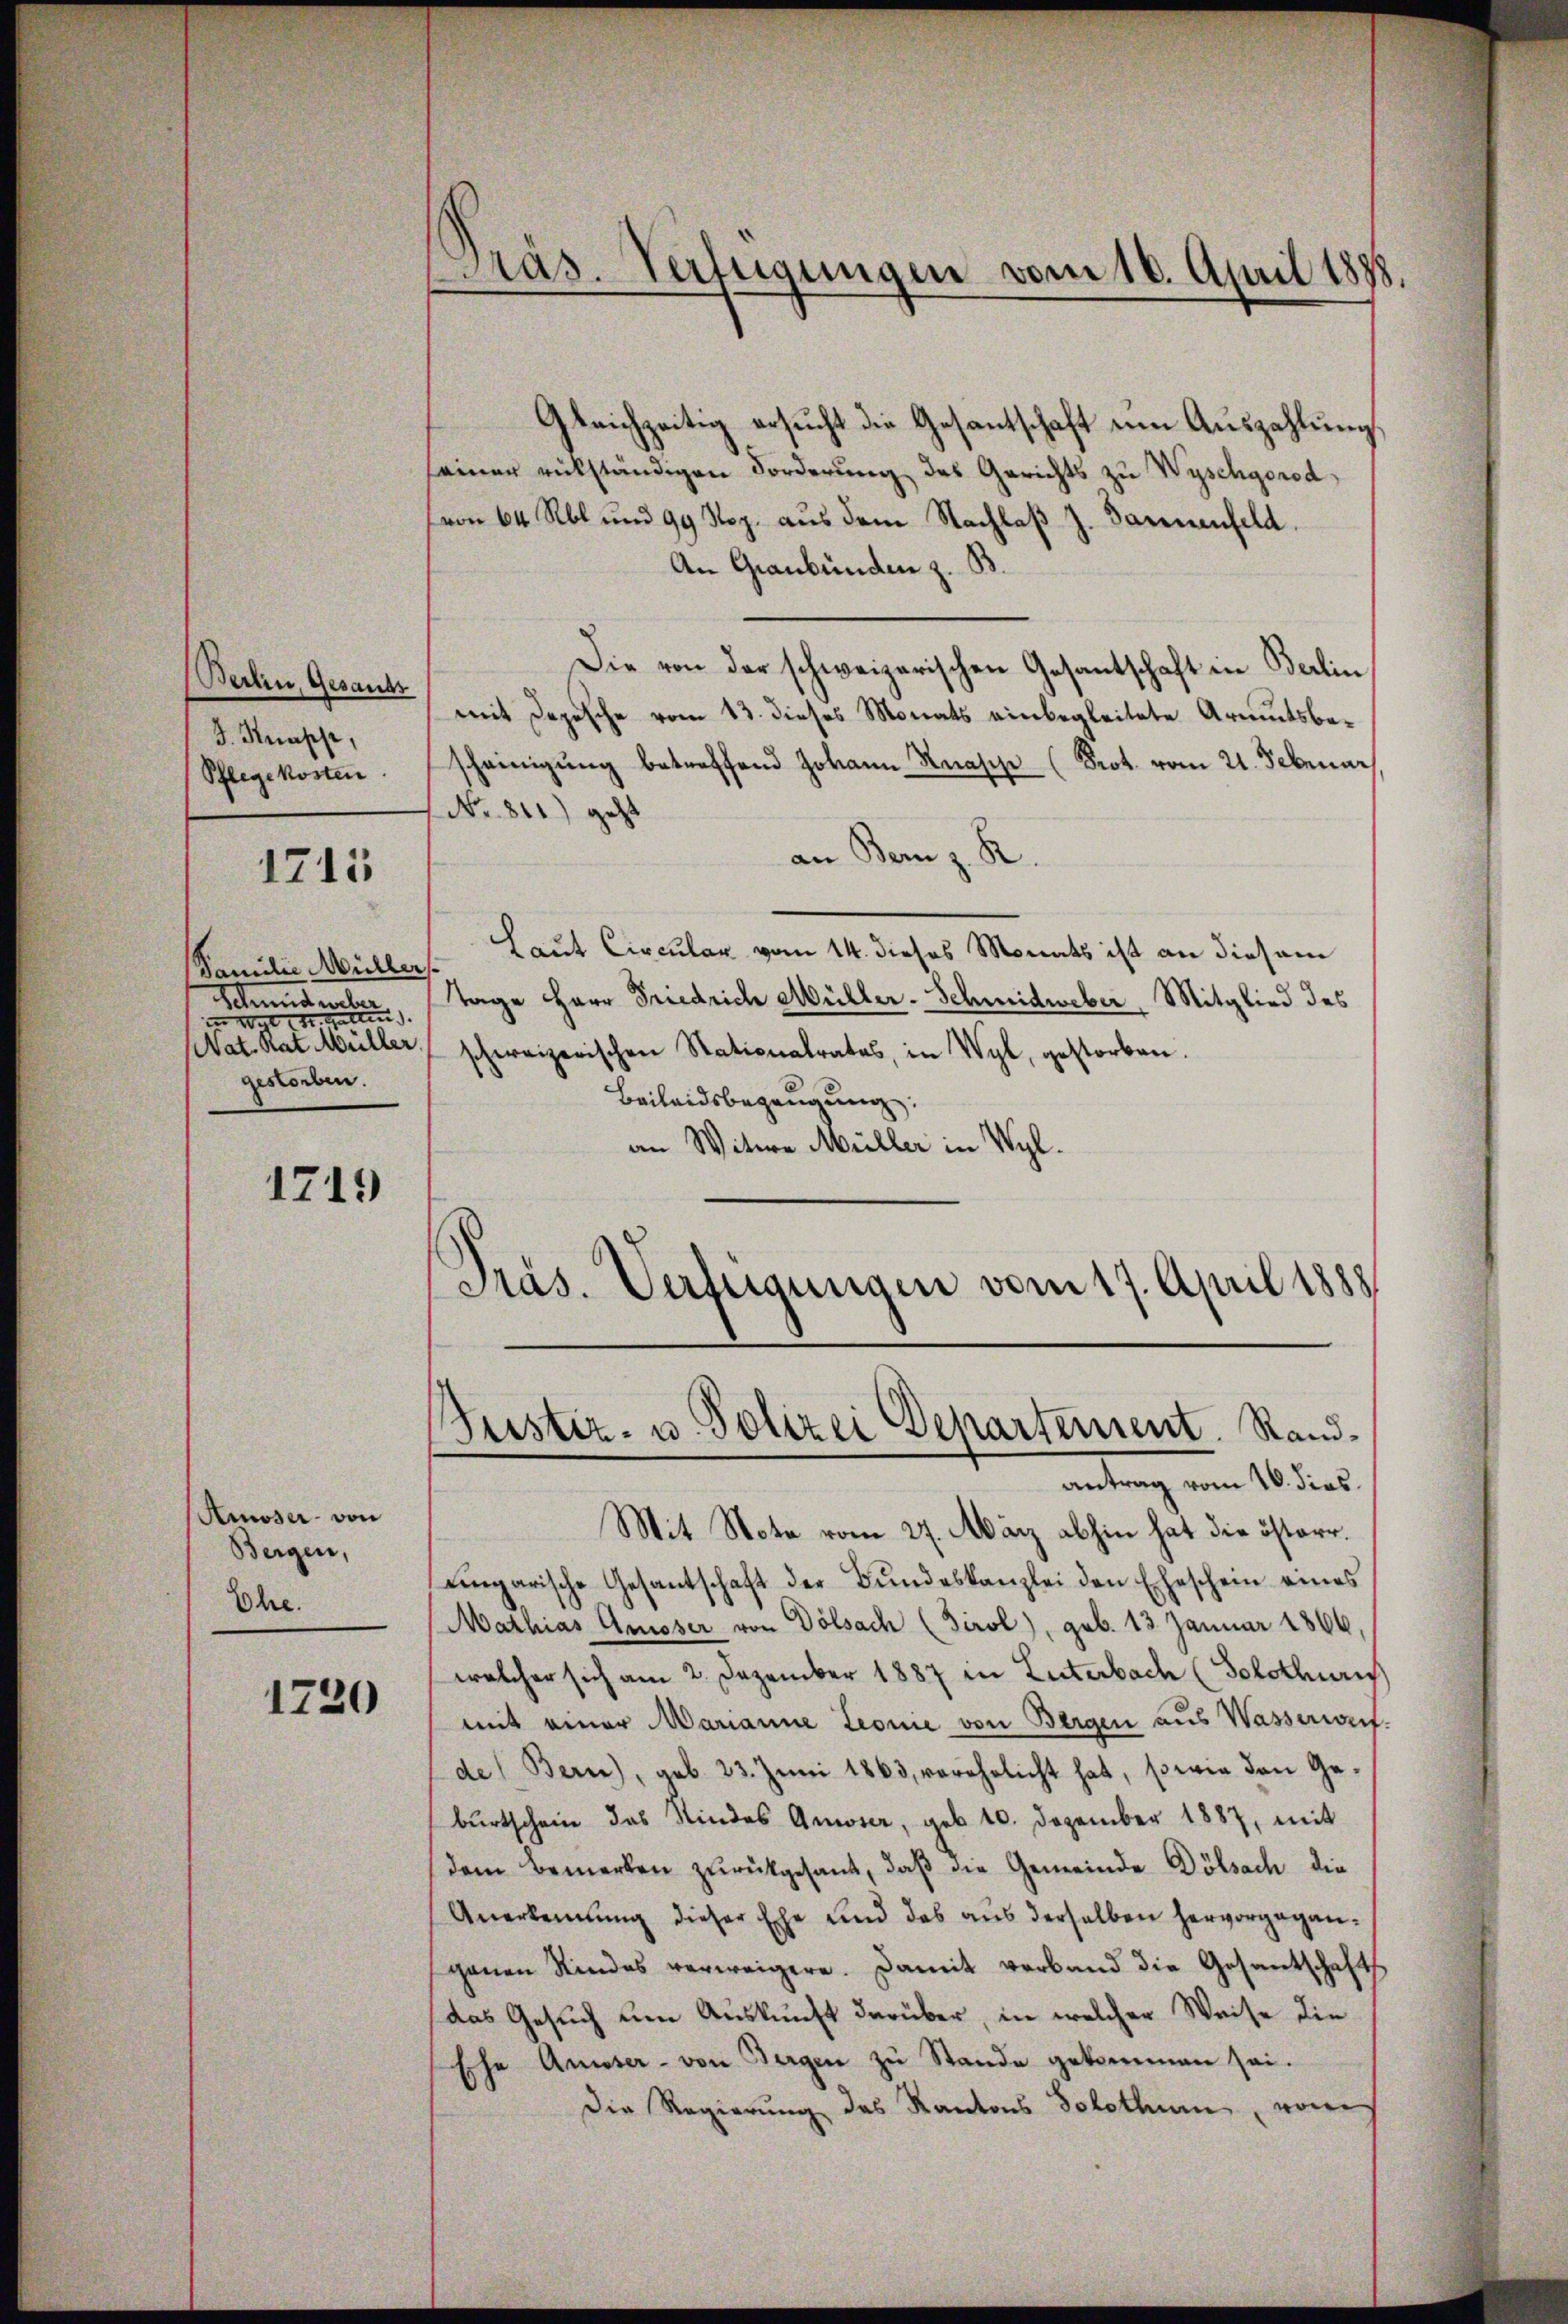
Berlin, Gesands
J. Knapp,
Pflegekosten

1715

Familie Müller
Schmid ueber
in Wil Kt. Gattin
Nat. Rat Müller.
gestorben.

1719

Amoser von
Bergen,
Ehe.

1720

Pras. Verfügungen vom 16. April 1888.

Gleichzeitig ersucht die Gesantschaft um Auszahlung.
seiner rükständigen Forderung des Gerichts zu Wyschgorod
(von 64 Rbl. und 99 Kop. aus dem Nachlaβ J. Dannenfeld.
An Graubünden z. B.
Die von der schweizerischen Gesantschaft in Berlin
mit Depesche vom 13. dieses Monats einbegleitete Armutsbescheinigung betreffend Johann Knasche (Prot. vom 21. Februar
No. 811) geht
an Bern z. R.
Laut Circular vom 14. dieses Monats ist an diesem
Tage Herr Friedrich Müller-Schmidweber, Mitglied des
schereizerischen Stationalrates, in Wyl, gestorben.
Beilandsbezeugung:
an Witwe Müller in Wyl.
Präs. Verfügungen vom 17. April 1888

Justiz- u. Polizei Departement. Rand¬

antrag vom 10. dies
Mit Note vom 27. März abhin hat die österr.
eingarische Gesantschaft der Bŭndeskanzlei den Eheschein eines
Mathias Almoser von Dölsach (Tirol), geb. 13. Januar 1866,
welcher sich am 2. Dezember 1887 in Luterbach (Solothurich
mit einer Marianne Leonie von Bergen aus Wasserweide) Bern), geb. 23. Juni 1863, verehelicht hat, sowie den Gebŭrtschein das Kindes Amoser, geb. 10. Dezember 1887, mit
(dem Bemerken zŭrückgesant, daβ die Gemeinde Dölsach die
Anerkennung dieser Ehe und das aus derselben hervorgeganganen Rindes verweigere. Damit verband die Gesantschaft
das Gesuch um Auskunft darüber, in welcher Weise die
Ehe Ausser- von Bergen zu Stande gekommen sei.
Die Regierung des Kantons Solothum vom